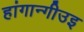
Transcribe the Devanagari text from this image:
हांगान्गीउइ